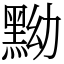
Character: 黝